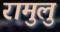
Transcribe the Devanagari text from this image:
रामुलु